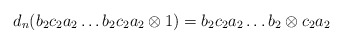
\begin{align*}d_n(b_2c_2a_2 \dots b_2c_2a_2 \otimes 1) = b_2c_2a_2 \dots b_2 \otimes c_2a_2\end{align*}